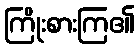
ကြိုးစားကြ၏